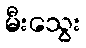
မီးသွေး